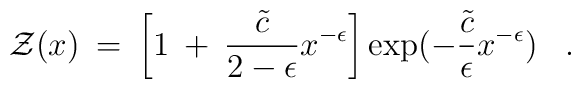
{\cal Z}(x) \> = \> \left[1 \> + \> {\tilde c \over 2 - \epsilon}  x^{-\epsilon} \right]\exp(-{\tilde c \over \epsilon} x^{-\epsilon})\;\;\;.